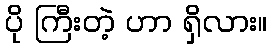
ပို ကြီးတဲ့ ဟာ ရှိလား။